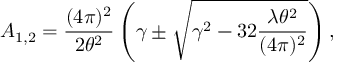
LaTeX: A _ { 1 , 2 } = \frac { ( 4 \pi ) ^ { 2 } } { 2 \theta ^ { 2 } } \left( \gamma \pm \sqrt { \gamma ^ { 2 } - 3 2 \frac { \lambda \theta ^ { 2 } } { ( 4 \pi ) ^ { 2 } } } \right) ,